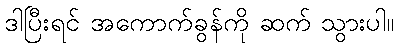
ဒါပြီးရင် အကောက်ခွန်ကို ဆက် သွားပါ။